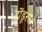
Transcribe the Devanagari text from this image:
होंडूरस